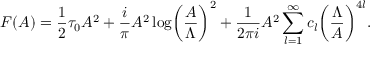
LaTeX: { \cal F } ( A ) = { \frac { 1 } { 2 } } \tau _ { 0 } A ^ { 2 } + { \frac { i } { \pi } } A ^ { 2 } \log \biggl ( { \frac { A } { \Lambda } } \biggr ) ^ { 2 } + { \frac { 1 } { 2 \pi i } } A ^ { 2 } \sum _ { l = 1 } ^ { \infty } c _ { l } \biggl ( { \frac { \Lambda } { A } } \biggr ) ^ { 4 l } .